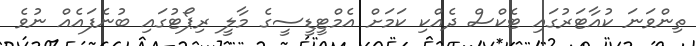
ތިންވަަނަ ކުއާޓަރުގައި ޓެކްސް ދެއްކި ކަމަށް އެމްޓީޑީސީގެ މާލީ ރިޕޯޓުގައި ބުނެފައެއް ނުވެ